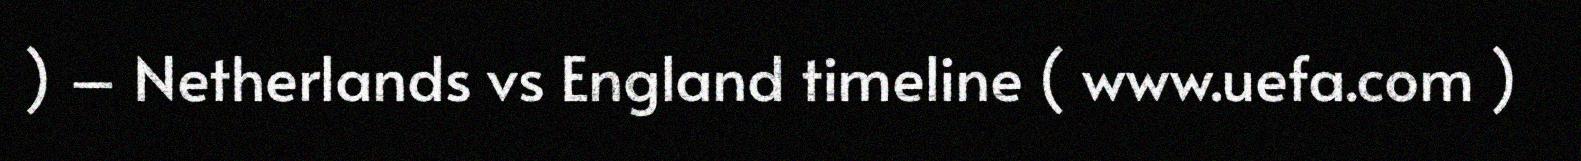
) – Netherlands vs England timeline ( www.uefa.com )